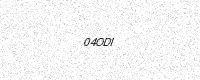
Text: 04ODI